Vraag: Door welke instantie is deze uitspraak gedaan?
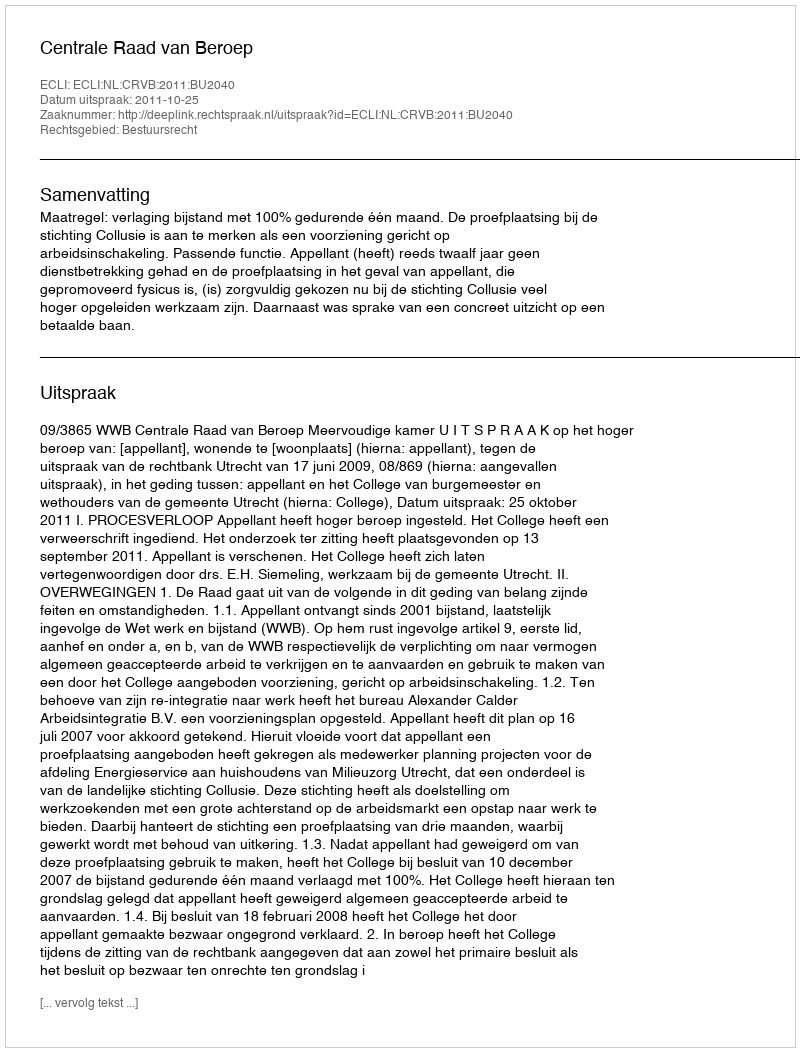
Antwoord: Centrale Raad van Beroep